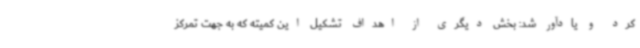
کرد و یادآور شد: بخش دیگری از اهداف تشکیل این کمیته که به جهت تمرکز